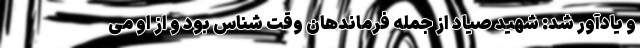
و یادآور شد: شهید صیاد از جمله فرماندهان وقت شناس بود و از او می‌